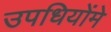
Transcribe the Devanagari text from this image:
उपधियोंमे